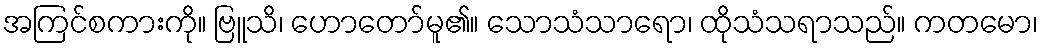
အကြင်စကားကို။ ဗြူသိ၊ ဟောတော်မူ၏။ သောသံသာရော၊ ထိုသံသရာသည်။ ကတမော၊